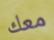
معك